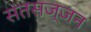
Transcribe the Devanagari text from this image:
संतसज्जन